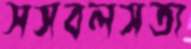
সসবলসতা